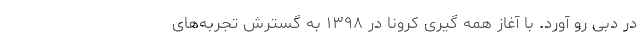
در دبی رو آورد. با آغاز همه گیری کرونا در ۱۳۹۸ به گسترش تجربه‌های